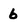
Character: 6